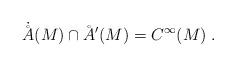
LaTeX: \begin{align*}\dot\AA(M)\cap\AA'(M)=C^\infty(M)\;. \end{align*}